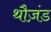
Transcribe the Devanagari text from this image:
थौज़ंड